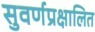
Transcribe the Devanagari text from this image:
सुवर्णप्रक्षालित